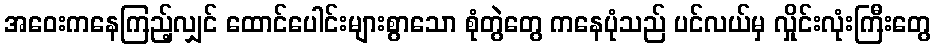
အဝေးကနေကြည့်လျှင် ထောင်ပေါင်းများစွာသော စုံတွဲတွေ ကနေပုံသည် ပင်လယ်မှ လှိုင်းလုံးကြီးတွေ